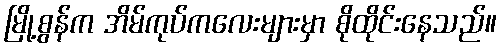
မြို့စွန်က အိမ်ကုပ်ကလေးများမှာ စိုထိုင်းနေသည်။